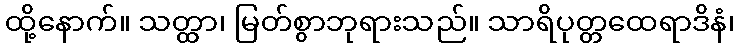
ထို့နောက်။ သတ္ထာ၊ မြတ်စွာဘုရားသည်။ သာရိပုတ္တထေရာဒိနံ၊